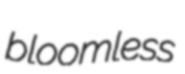
bloomless